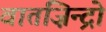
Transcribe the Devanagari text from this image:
वातज़िन्द्रो